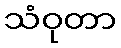
သံဝုတာ